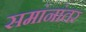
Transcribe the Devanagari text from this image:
समांनांतर